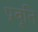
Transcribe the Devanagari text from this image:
प्रवृ्ति